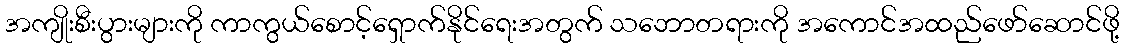
အကျိုးစီးပွားများကို ကာကွယ်စောင့်ရှောက်နိုင်ရေးအတွက် သဘောတရားကို အကောင်အထည်ဖော်ဆောင်ဖို့